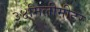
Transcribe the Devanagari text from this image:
३४मिलीमीटर